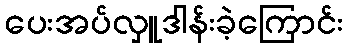
ပေးအပ်လှူဒါန်းခဲ့ကြောင်း